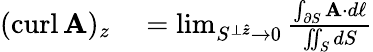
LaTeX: \begin{array}{rl}{(\operatorname{curl}\mathbf{A})_{z}}&{{}=\operatorname*{lim}_{S^{\perp{\boldsymbol{\hat{z}}}}\to 0}{\frac{\int_{\partial S}\mathbf{A}\cdot d\mathbf{\ell}}{\iint_{S}dS}}}\end{array}